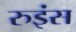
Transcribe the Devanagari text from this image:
रुइंस